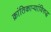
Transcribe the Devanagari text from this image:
क्रांतिकाऱ्यांविरुद्ध